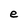
Character: e